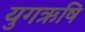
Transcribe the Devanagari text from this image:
युगऋषि